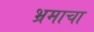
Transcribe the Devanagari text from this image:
भ्रमाचा